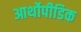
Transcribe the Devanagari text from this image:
आर्थोपीडिक